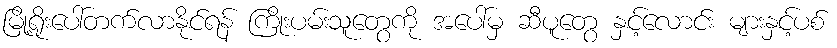
မြို့ရိုးပေါ်တက်လာနိုင်ရန် ကြိုးပမ်းသူတွေကို အပေါ်မှ ဆီပူတွေ နှင့်လောင်း များနှင့်ပစ်